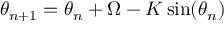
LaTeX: \theta _ { n + 1 } = \theta _ { n } + \Omega - K \sin ( \theta _ { n } )